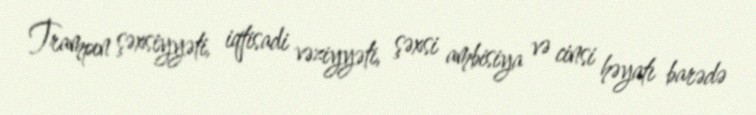
Trampın şəxsiyyəti, iqtisadi vəziyyəti, şəxsi ambisiya və cinsi həyatı barədə